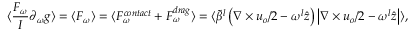
\langle \frac { F _ { \omega } } { I } \partial _ { \omega } g \rangle = \langle F _ { \omega } \rangle = \langle F _ { \omega } ^ { c o n t a c t } + F _ { \omega } ^ { d r a g } \rangle = \langle \widetilde { \beta } ^ { l } \left( \nabla \times \boldsymbol { u } _ { o } / 2 - \omega ^ { l } \hat { \boldsymbol { z } } \right) \left| \nabla \times \boldsymbol { u } _ { o } / 2 - \omega ^ { l } \hat { \boldsymbol { z } } \right| \rangle ,